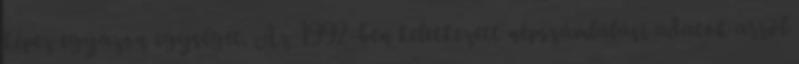
képez egyazon egységet. Az 1992-ben keletkezett népszámlálási adatok arról